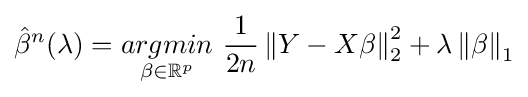
{\hat {\beta }}^{n}(\lambda )={\underset {\beta \in \mathbb {R} ^{p}}{argmin}}\ {\frac {1}{2n}}\left\|Y-X\beta \right\|_{2}^{2}+\lambda \left\|\beta \right\|_{1}